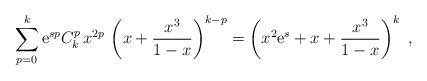
LaTeX: \begin{align*}\sum_{p=0}^k \mathrm{e}^{sp}C_k^p\, x^{2p}\, \left (x+\frac{x^3}{1-x}\right )^{k-p}=\left ( x^2\mathrm{e}^{s}+x+\frac{x^3}{1-x} \right )^k\ ,\end{align*}